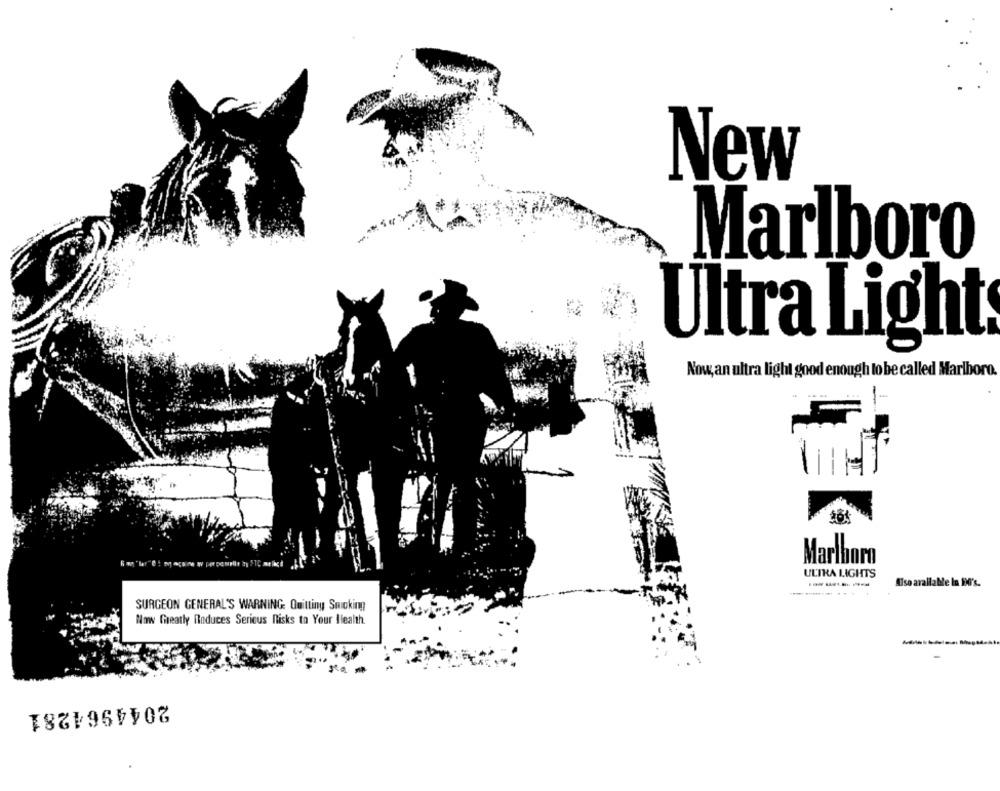
New
Marlboro
Ultra Light
Now, an ultra light good enough to be called Marlboro.
Marlboro
ULTRA LIGHTS
---------
Also available In Fi's.
SURGEON GENERAL'S WARNING: Quitting Smoking
Now Greatly Roduces Serious flisks to Your Ilealth.
2044964281